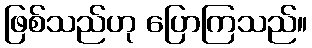
ဖြစ်သည်ဟု ပြောကြသည်။